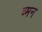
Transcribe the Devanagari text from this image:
च्मन